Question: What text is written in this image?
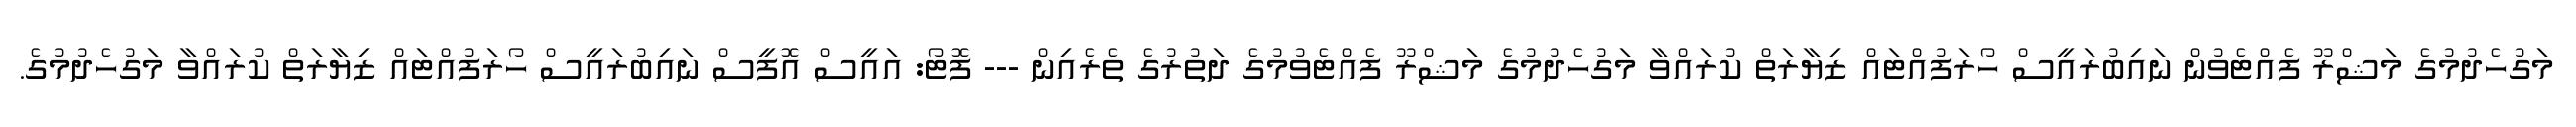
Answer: މަގުހެދުމުގެ މަޝްރޫ ފެއްޓެވުން ނައިބުރައީސް ހޯރަފުއްޓައް ޒިޔާރަތް ކުރައްވާ މަގުހެދުމުގެ މަޝްރޫ ފެއްޓެވުމުގެ ދަތުރުގެ ތެރެއިން --- ފޮޓޯ: އައީސް އޮފީސް ނައިބުރައީސް ހޯރަފުއްޓައް ޒިޔާރަތް ކުރައްވާ މަގުހެދުމުގެ.